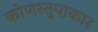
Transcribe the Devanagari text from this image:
कोणस्तुपाकार